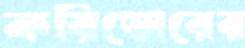
করিডোরের